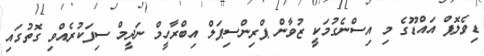
ޑިވެލޮޕް އައްޑޫގެ މި އިސްނެގުމަކީ ޒުވާން ޕްރިންސިޕަލް އިބްރާހީމް ނަދީމް ސިފަކުރެއްވި ގޮތުގައި